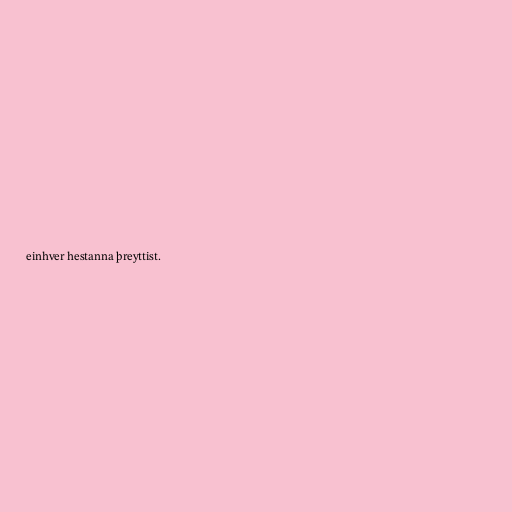
einhver hestanna þreyttist.